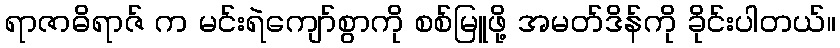
ရာဇာဓိရာဇ် က မင်းရဲကျော်စွာကို စစ်မြူဖို့ အမတ်ဒိန်ကို ခိုင်းပါတယ်။